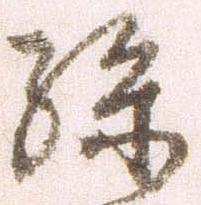
孫